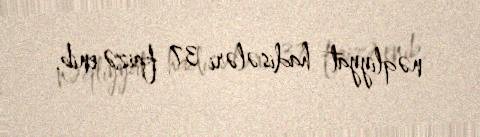
nəqliyyat hadisələri 37 faizə enib.